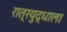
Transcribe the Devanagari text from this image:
रात्रयुद्धाला